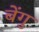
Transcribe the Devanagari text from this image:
बेंगु